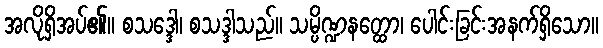
အလိုရှိအပ်၏။ စသဒ္ဒေါ၊ စသဒ္ဒါသည်။ သမ္ပိဏ္ဍနတ္ထော၊ ပေါင်းခြင်းအနက်ရှိသော။